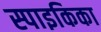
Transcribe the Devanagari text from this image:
स्पाइकिका